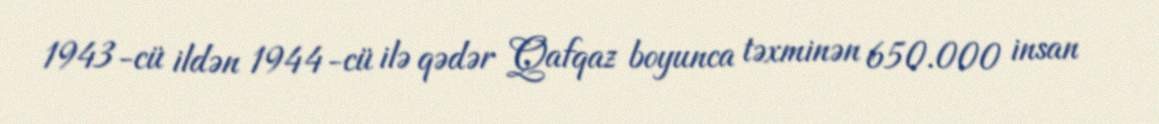
1943-cü ildən 1944-cü ilə qədər Qafqaz boyunca təxminən 650.000 insan